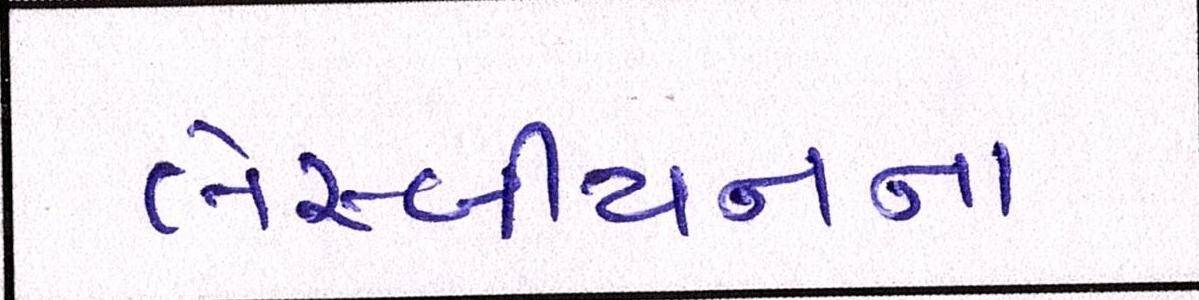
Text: લેસ્બીયનના